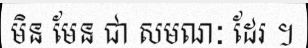
មិន មែន ជា សមណៈ ដែរ ។